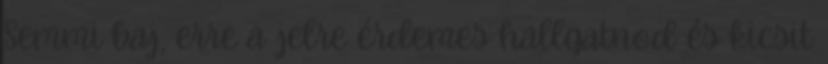
Semmi baj, erre a jelre érdemes hallgatnod és kicsit